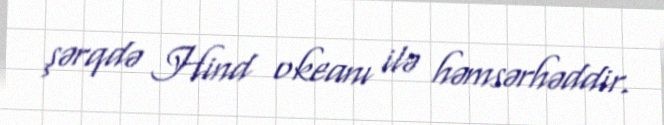
şərqdə Hind okeanı ilə həmsərhəddir.